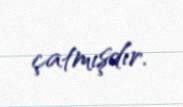
çatmışdır.